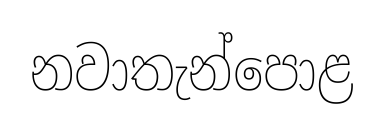
නවාතැන්පොළ